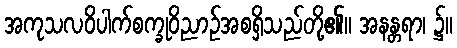
အကုသလဝိပါက်စက္ခုဝိညာဉ်အစရှိသည်တို့၏။ အနန္တရာ၊ ၌။